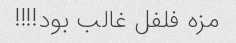
مزه فلفل غالب بود!!!!